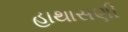
હાથાસણી